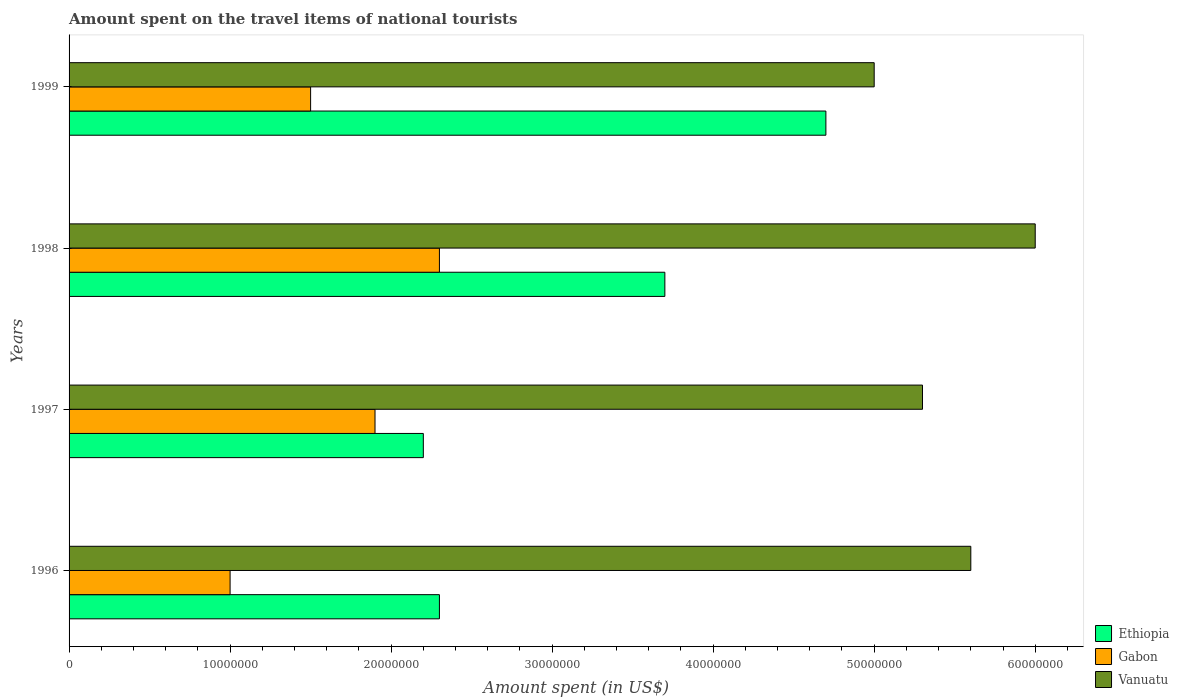
| Years | Ethiopia | Gabon | Vanuatu |
 | --- | --- | --- | --- |
 | 1996 | 2.3e+07 | 1e+07 | 5.6e+07 |
 | 1997 | 2.2e+07 | 1.9e+07 | 5.3e+07 |
 | 1998 | 3.7e+07 | 2.3e+07 | 6e+07 |
 | 1999 | 4.7e+07 | 1.5e+07 | 5e+07 |